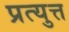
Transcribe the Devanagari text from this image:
प्रत्युत्त